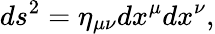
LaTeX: ds^{2}=\eta_{\mu\nu}dx^{\mu}dx^{\nu},